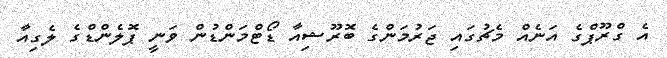
އެ ގްރޫޕްގެ އަނެއް މެޗުގައި ޖަރުމަންގެ ބޮރޫޝިއާ ޑޯޓްމަންޑުން ވަނީ ޕޮލެންޑްގެ ލެގިއާ